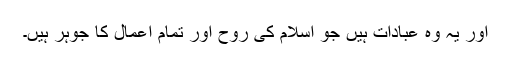
اور یہ وہ عبادات ہیں جو اسلام کی روح اور تمام اعمال کا جوہر ہیں۔